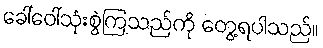
ခေါ်ဝေါ်သုံးစွဲကြသည်ကို တွေ့ရပါသည်။